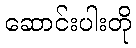
ဆောင်းပါးတို